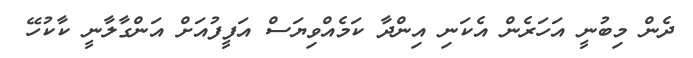
ދެން މިބުނީ އަހަރެން އެކަނި އިންދާ ކަމެއްވިޔަސް އަފީފުއަށް އަންގާލާނީ ކާކުހޭ